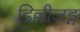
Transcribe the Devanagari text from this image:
डिल्लीजङ्ग